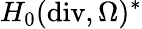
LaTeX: H_{0}(\mathrm{div},\Omega)^{*}